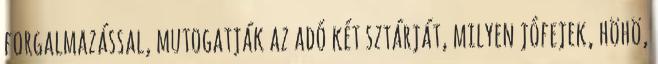
forgalmazással, mutogatják az adó két sztárját, milyen jófejek, höhö,